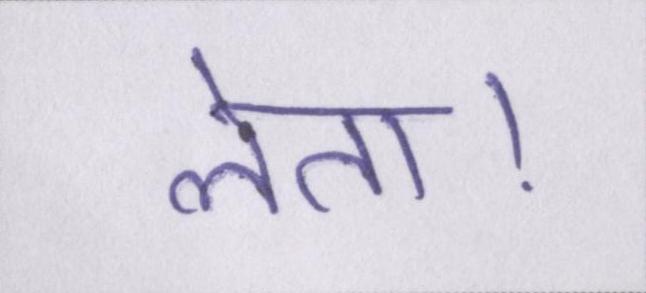
लेता।